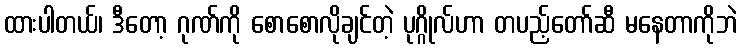
ထားပါတယ်၊ ဒီတော့ ဂုဏ်ကို စောစောလိုချင်တဲ့ ပုဂ္ဂိုလ်ဟာ တပည့်တော်ဆီ မနေတာကိုဘဲ